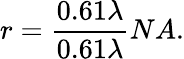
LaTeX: r=\frac{0.61\lambda}{0.61\lambda}{{NA}}.